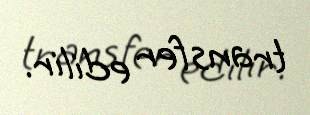
transfer edilir.